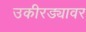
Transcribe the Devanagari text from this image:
उकीरड्यावर